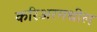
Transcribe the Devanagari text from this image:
करिअरमधील